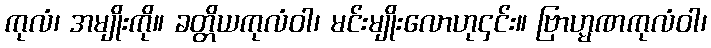
ကုလံ၊ အမျိုးကို။ ခတ္တိယကုလံဝါ၊ မင်းမျိုးလောဟု၄င်း။ ဗြာဟ္မဏကုလံဝါ၊